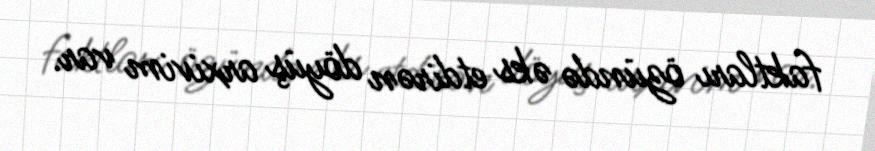
faktları özündə əks etdirən döyüş arxivim var.